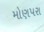
મોણપરા